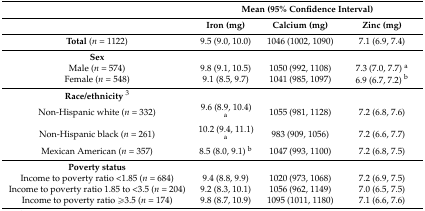
| <ROWSPAN=2>  | <COLSPAN=3> Mean (95% Confidence Interval) |
 | Iron (mg) | Calcium (mg) | Zinc (mg) |
 | --- | --- | --- | --- |
 | Total (n = 1122) | 9.5 (9.0, 10.0) | 1046 (1002, 1090) | 7.1 (6.9, 7.4) |
 | Sex |  |  |  |
 | Male (n = 574) | 9.8 (9.1, 10.5) | 1050 (992, 1108) | 7.3 (7.0, 7.7) a |
 | Female (n = 548) | 9.1 (8.5, 9.7) | 1041 (985, 1097) | 6.9 (6.7, 7.2) b |
 | Race/ethnicity3 |  |  |  |
 | Non-Hispanic white (n = 332) | 9.6 (8.9, 10.4) a | 1055 (981, 1128) | 7.2 (6.8, 7.6) |
 | Non-Hispanic black (n = 261) | 10.2 (9.4, 11.1) a | 983 (909, 1056) | 7.2 (6.6, 7.7) |
 | Mexican American (n = 357) | 8.5 (8.0, 9.1) b | 1047 (993, 1100) | 7.2 (6.8, 7.5) |
 | Poverty status |  |  |  |
 | Income to poverty ratio <1.85 (n = 684) | 9.4 (8.8, 9.9) | 1020 (973, 1068) | 7.2 (6.9, 7.5) |
 | Income to poverty ratio 1.85 to <3.5 (n = 204) | 9.2 (8.3, 10.1) | 1056 (962, 1149) | 7.0 (6.5, 7.5) |
 | Income to poverty ratio ≥3.5 (n = 174) | 9.8 (8.7, 10.9) | 1095 (1011, 1180) | 7.1 (6.6, 7.6) |